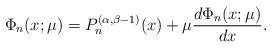
\begin{align*} \Phi_n(x;\mu) = P_n^{(\alpha,\beta-1)}(x) + \mu \frac{d\Phi_n(x;\mu)}{dx}. \end{align*}